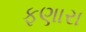
ફણારા